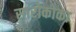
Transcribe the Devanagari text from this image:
सारोकोका